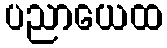
ပညာယေထ